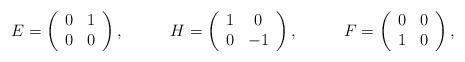
LaTeX: \begin{align*}E&=\left(\begin{array}{cc}0 & 1\\0 & 0\end{array}\right),&H&=\left(\begin{array}{cc}1 & 0\\0 & -1\end{array}\right), &F&=\left(\begin{array}{cc}0 & 0\\1 & 0\end{array}\right),\end{align*}